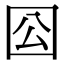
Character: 𡆾